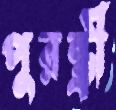
পুরন্ধ্রী